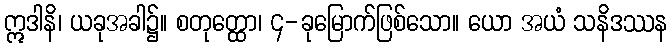
ဣဒါနိ၊ ယခုအခါ၌။ စတုတ္ထော၊ ၄-ခုမြောက်ဖြစ်သော။ ယော အယံ သနိဒဿန